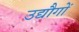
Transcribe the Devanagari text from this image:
उद्यौगों